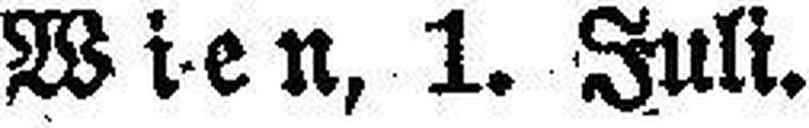
Wien, 1. Juli.